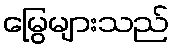
မြွေများသည်